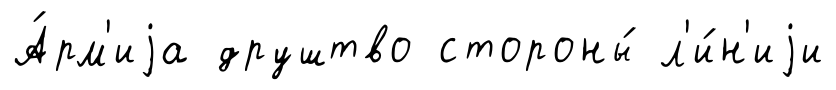
А́рм'иjа друштво стороны́ л'и́н'иjи